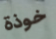
خوذة